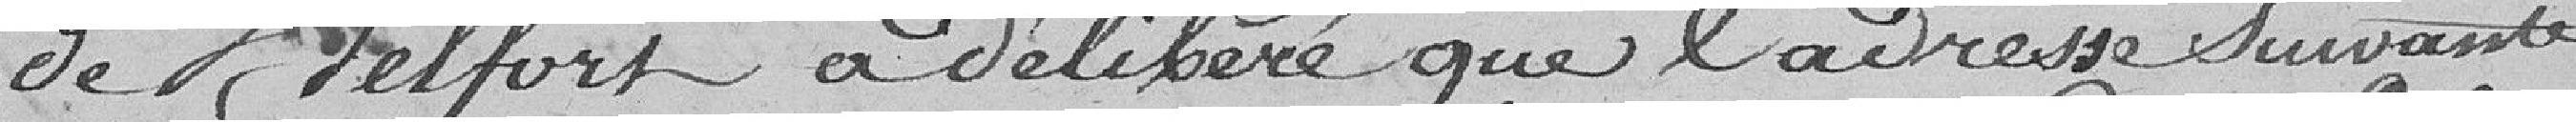
de Belfort a délibéré que l'adresse suivante